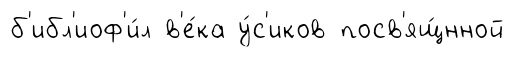
б'ибл'иоф'и́л в'е́ка у́с'иков посв'ящ́нной